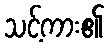
သင့်ကား၏